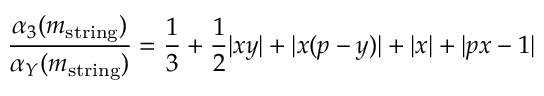
\frac { \alpha _ { 3 } ( m _ { \mathrm { s t r i n g } } ) } { \alpha _ { Y } ( m _ { \mathrm { s t r i n g } } ) } = \frac { 1 } { 3 } + \frac { 1 } { 2 } | x y | + | x ( p - y ) | + | x | + | p x - 1 |